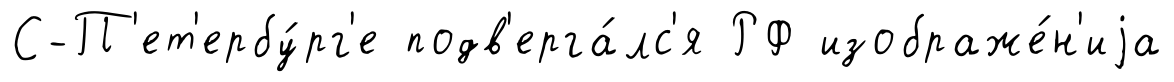
С-П'ет'ербу́рг'е подв'ерга́лс'я РФ изображе́н'иjа